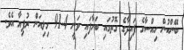
ބޭންކުން ހިއްސާގެ ފައިދާގެ ގޮތުގައި ބަހާފައި ވަނީ 91.4 މިލިއަން ރުފިޔާ އެވެ.